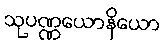
သုပဏ္ဏယောနိယော